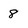
Character: 8